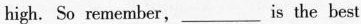
high.So remember,___is the best